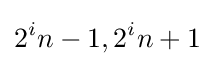
2^{i}n-1,2^{i}n+1